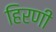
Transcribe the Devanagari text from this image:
हिरणी